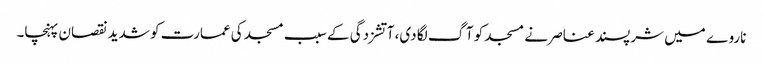
ناروے میں شرپسند عناصر نے مسجد کو آگ لگا دی، آتشزدگی کے سبب مسجد کی عمارت کو شدید نقصان پہنچا۔